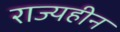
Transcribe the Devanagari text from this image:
राज्यहीन